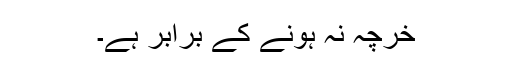
خرچہ نہ ہونے کے برابر ہے۔